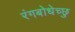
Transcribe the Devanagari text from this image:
रंगबोधेच्छु